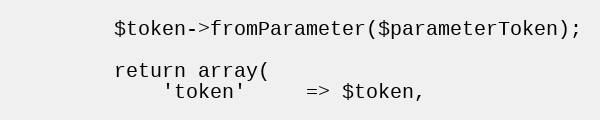
Language: PHP
        $token->fromParameter($parameterToken);

        return array(
            'token'     => $token,